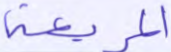
المربعة